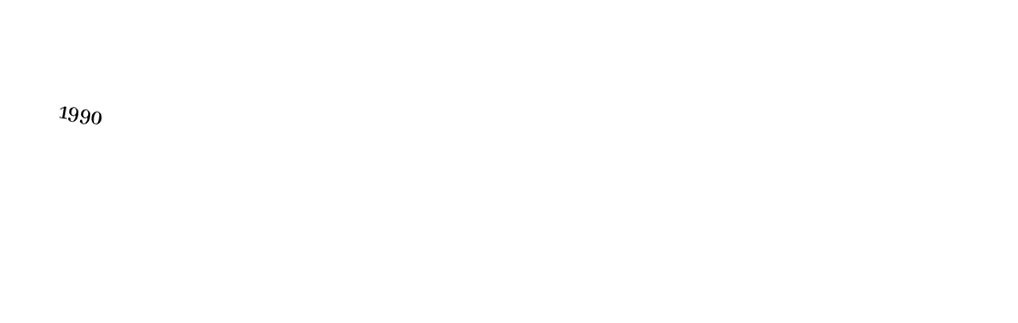

1990